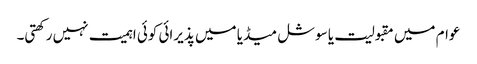
عوام میں مقبولیت یا سوشل میڈیا میں پذیرائی کوئی اہمیت نہیں رکھتی۔